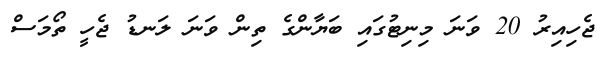
ޖެހިއިރު 20 ވަނަ މިނިޓުގައި ބަޔާންގެ ތިން ވަނަ ލަނޑު ޖެހީ ތޯމަސް